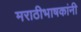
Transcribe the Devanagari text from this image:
मराठीभाषकांनी